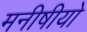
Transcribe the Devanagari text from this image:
मनीषीयो